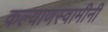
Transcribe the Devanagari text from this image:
कल्याणस्वामीनी